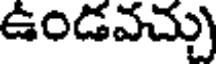
ఉండవచ్చు